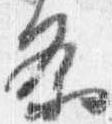
条